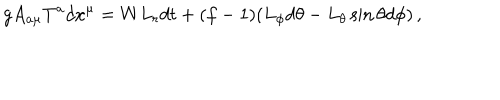
g A _ { a \mu } T ^ { a } d x ^ { \mu } = W L _ { r } d t + ( f - 1 ) ( L _ { \phi } d \theta - L _ { \theta } \sin \theta d \phi ) \, ,